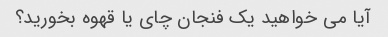
آیا می خواهید یک فنجان چای یا قهوه بخورید؟